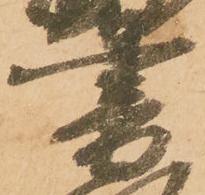
書